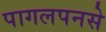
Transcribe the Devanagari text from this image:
पागलपनसे